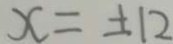
x = \pm 1 2